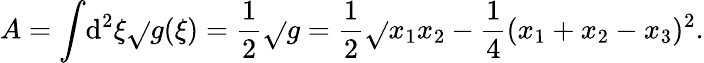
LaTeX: A=\int\! \mathrm{d}^{2}\xi\sqrt{}{{g(\xi)}}=\frac{{1}}{{2}}\sqrt{}{{g}}=\frac{{1}}{{2}}\sqrt{}{{x_{1}x_{2}-\frac{{1}}{{4}}(x_{1}+x_{2}-x_{3})^{2}}}.